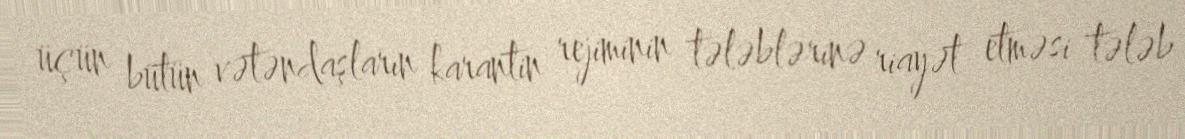
üçün bütün vətəndaşların karantin rejiminin tələblərinə riayət etməsi tələb